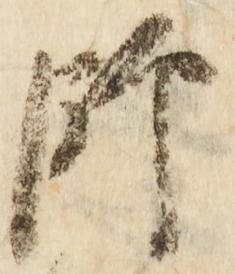
師